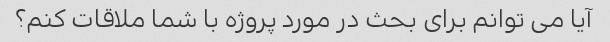
آیا می توانم برای بحث در مورد پروژه با شما ملاقات کنم؟